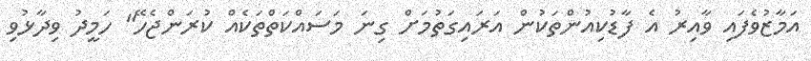
އަމާޒުވެފައި ވާއިރު އެ ފާޑުކިއުންތަކުން އަރައިގަތުމަށް ގިނަ މަސައްކަތްތަކެއް ކުރަންޖެހޭ" ހަމީދު ވިދާޅުވި